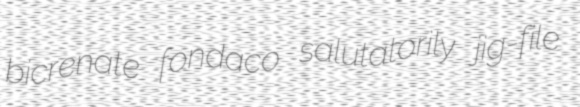
bicrenate fondaco salutatorily jig-file